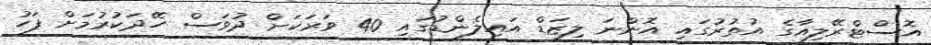
އޮސްޓްރޭލިއާގެ އުތުރުގައި އޮންނަ ލިޒަޑް އައިލެންޑުގައި 40 ވަރަކަށް ދުވަސް ހޭދަކުރުމަށް ފަހު